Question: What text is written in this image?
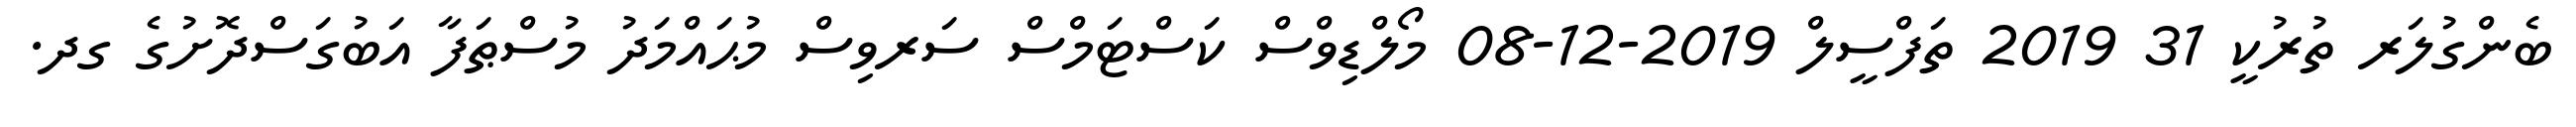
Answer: ބެންގުލަރ ތުރުކީ 31 2019 ތަފްސީލް 2019-12-08 މޯލްޑިވްސް ކަސްޓަމްސް ސަރވިސް މުޙައްމަދު މުސްޠަފާ އަބުގަސްދޮށުގެ ގދ.